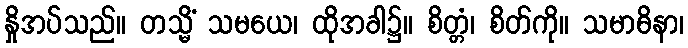
နှိုအပ်သည်။ တသ္မိံ သမယေ၊ ထိုအခါ၌။ စိတ္တံ၊ စိတ်ကို။ သမာဓိနာ၊